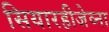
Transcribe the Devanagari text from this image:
सियारहीजेव्ना